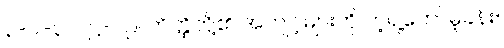
၃-ပါ-၃၂၊ ဋ္ဌ-၁၉၊ တိတ္ထိတို့၏ အကျင့်များကို ကဲ့ရဲ့တော်မူခန်း။